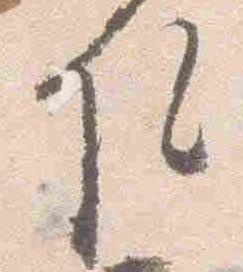
院